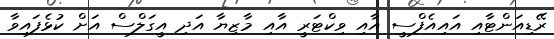
ރޭޑިއަންޓާއި އައިއެފްސީ އާއި ވިކްޓަރީ އާއި މާޒިޔާ އަދި އީގަލްސް އަށް ކުޅެފައިވާ